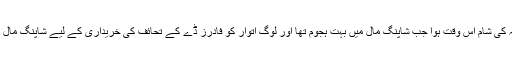
یہ حملہ ہفتہ کی شام اس وقت ہوا جب شاپنگ مال میں بہت ہجوم تھا اور لوگ اتوار کو فادرز ڈے کے تحائف کی خریداری کے لیے شاپنگ مال آرہے تھے۔